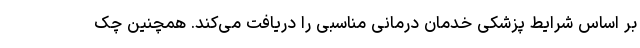
بر اساس شرایط پزشکی خدمان درمانی مناسبی را دریافت می‌کند. همچنین چک